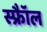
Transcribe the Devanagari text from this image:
स्फ्रैॉल